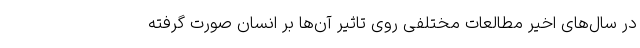
در سال‌های اخیر مطالعات مختلفی روی تاثیر آن‌ها بر انسان‌ صورت گرفته